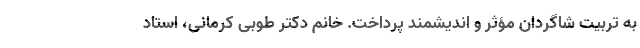
به تربیت شاگردان مؤثر و اندیشمند پرداخت. خانم دکتر طوبی کرمانی، استاد